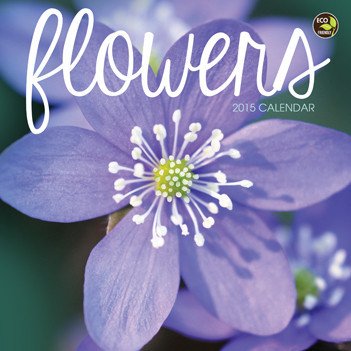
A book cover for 2015 Flowers Mini Calendar; Calendars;